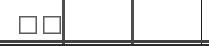
٦٨